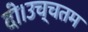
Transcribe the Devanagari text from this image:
दी।उच्चतम